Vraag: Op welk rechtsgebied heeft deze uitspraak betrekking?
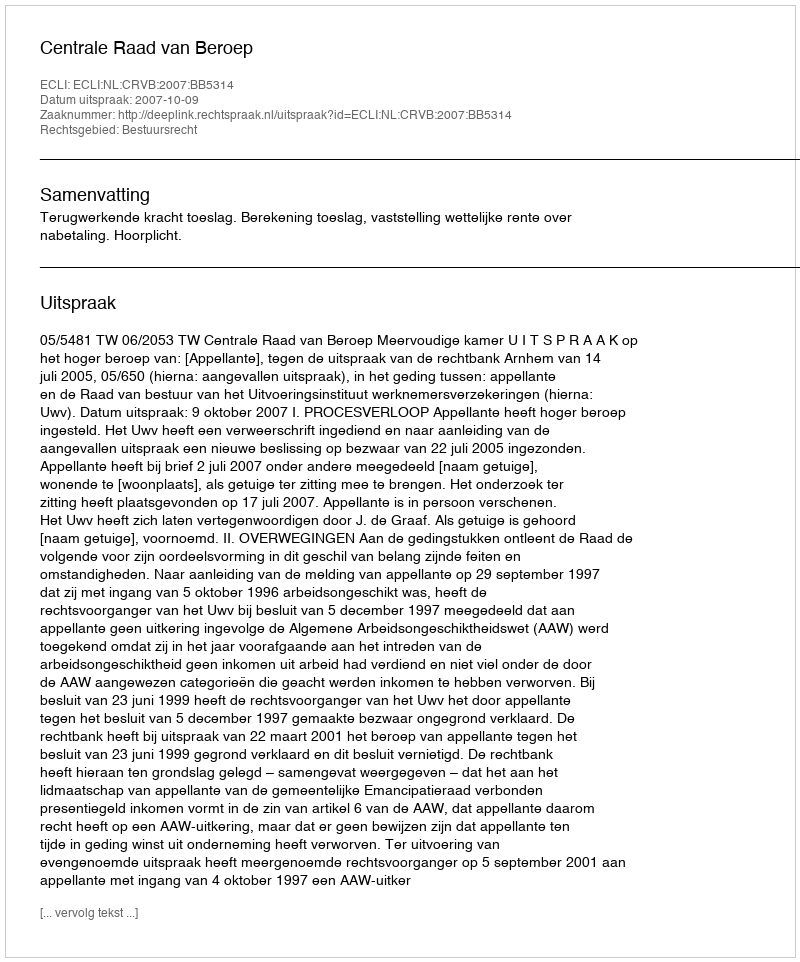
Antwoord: Bestuursrecht